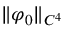
\| \varphi _ { 0 } \| _ { C ^ { 4 } }